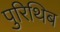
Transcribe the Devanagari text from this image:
पुरिथिब